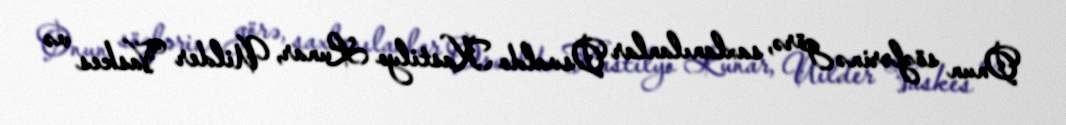
Onun sözlərinə görə, saxlanılanlar Osvaldo Kastilyo Lunar, Uilder Vaskes və